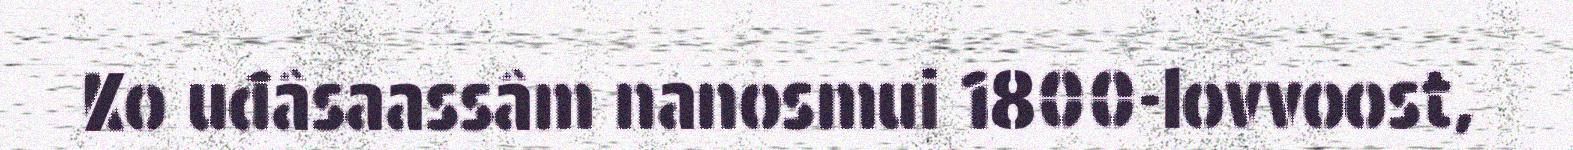
Ko uđâsaassâm nanosmui 1800-lovvoost,